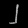
Digit: ၂